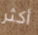
أكثر